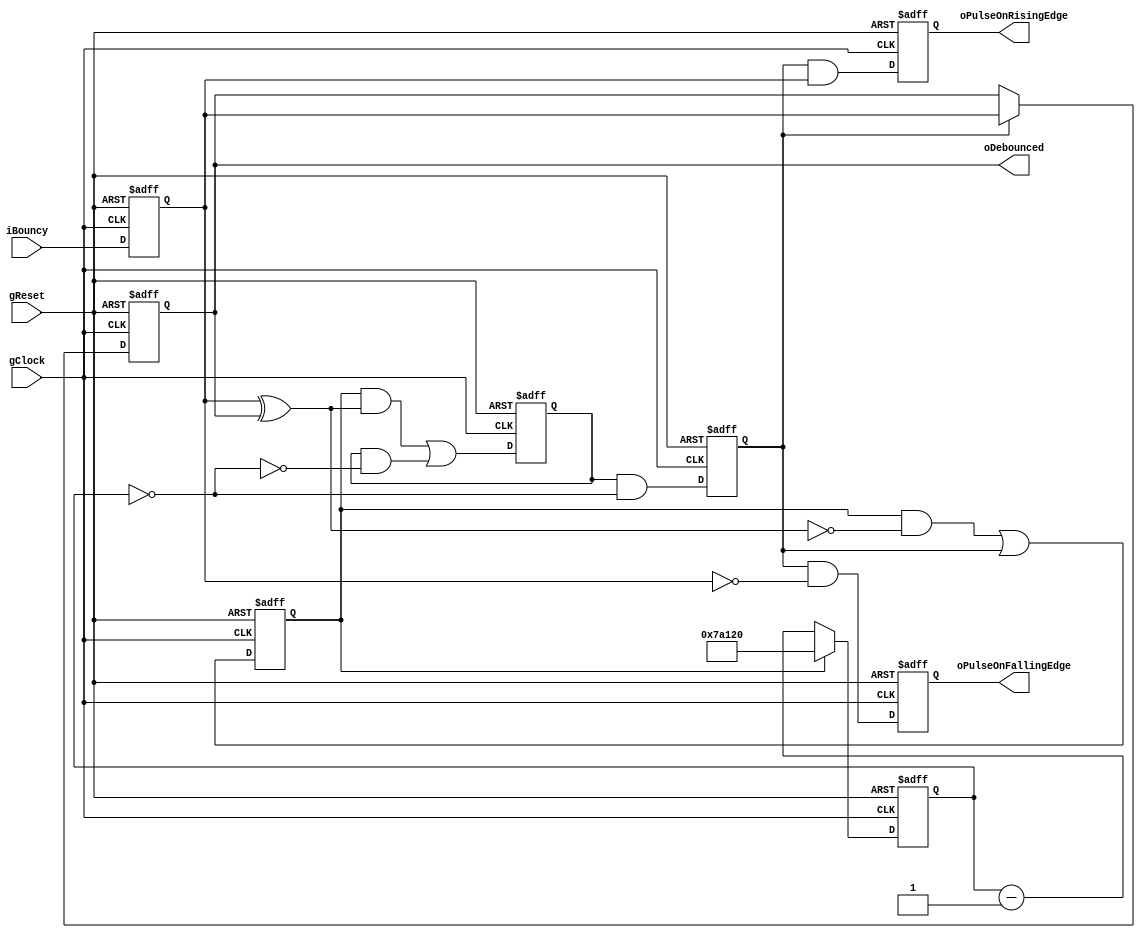
//  130d.v
//-----------------------------------------------------------------------------

module Debouncer (
// Switch debouncer for Digilent FPGA boards
//
// Requires a 50MHz clock, and implements a 10ms wait period.
// Includes glitch suppression. Built-in synchronizer.
// Outputs include a debounced replica of the input signal, and
// single clock period pulse outputs to indicate rising edge and
// falling edge detected (of clean signal).
//
// 10ms at 50MHz is 500,000 master clock cycles, requiring 19 bits
// of register space.

	// Global system resources:
	input gClock,	// System clock (must be 50 MHz)
	input gReset,	// Master reset (asynchronous, active high)

	// Inputs:
	input iBouncy,	// Bouncy switch signal

	// Outputs:
	output reg oDebounced,	// Debounced replica of switch signal
	output reg oPulseOnRisingEdge,	// Single pulse to indicate rising edge detected
	output reg oPulseOnFallingEdge	// Single pulse to indicate falling edge detected
);

// Constant parameters
parameter pInitialValue = 0;
parameter pTimerWidth = 19;
parameter pInitialTimerValue = 19'd500_000; // for synthesis
//parameter pInitialTimerValue = 19'd20; // for simulation

// Registered identifiers:
reg	rInitializeTimer;
reg	rWaitForTimer;
reg	rSaveInput;
reg	rBouncy_Syncd;
reg	[pTimerWidth-1:0] rTimer;

// Wire identifiers:
wire	wTransitionDetected;
wire	wTimerFinished;

// Controller:
always @ (posedge gClock or posedge gReset)
	if (gReset)
		{rInitializeTimer,rWaitForTimer,rSaveInput} <= {3'b100};
	else begin
		rInitializeTimer <= rInitializeTimer && !wTransitionDetected ||
							rSaveInput;
		rWaitForTimer <= rInitializeTimer && wTransitionDetected ||
							rWaitForTimer && !wTimerFinished;
		rSaveInput <= rWaitForTimer && wTimerFinished;
	end		

// Datapath:
always @ (posedge gClock or posedge gReset)
	if (gReset) begin
		rBouncy_Syncd <= 0;
		oDebounced <= pInitialValue;
		oPulseOnRisingEdge <= 0;
		oPulseOnFallingEdge <= 0;
		rTimer <= pInitialTimerValue;
	end
	else begin
		rBouncy_Syncd <= iBouncy;
		oDebounced <= (rSaveInput) ? rBouncy_Syncd : oDebounced;
		oPulseOnRisingEdge <= (rSaveInput && rBouncy_Syncd);
		oPulseOnFallingEdge <= (rSaveInput && !rBouncy_Syncd);
		rTimer <= (rInitializeTimer) ? pInitialTimerValue : rTimer - 1;
	end

assign wTransitionDetected = rBouncy_Syncd ^ oDebounced;
assign wTimerFinished = (rTimer == 0);

endmodule